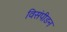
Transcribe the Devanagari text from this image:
विसंपीडन